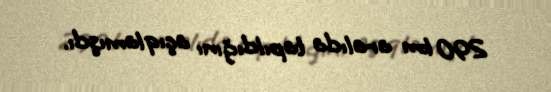
290 km aralıda tapıldığını açıqlamışdı.